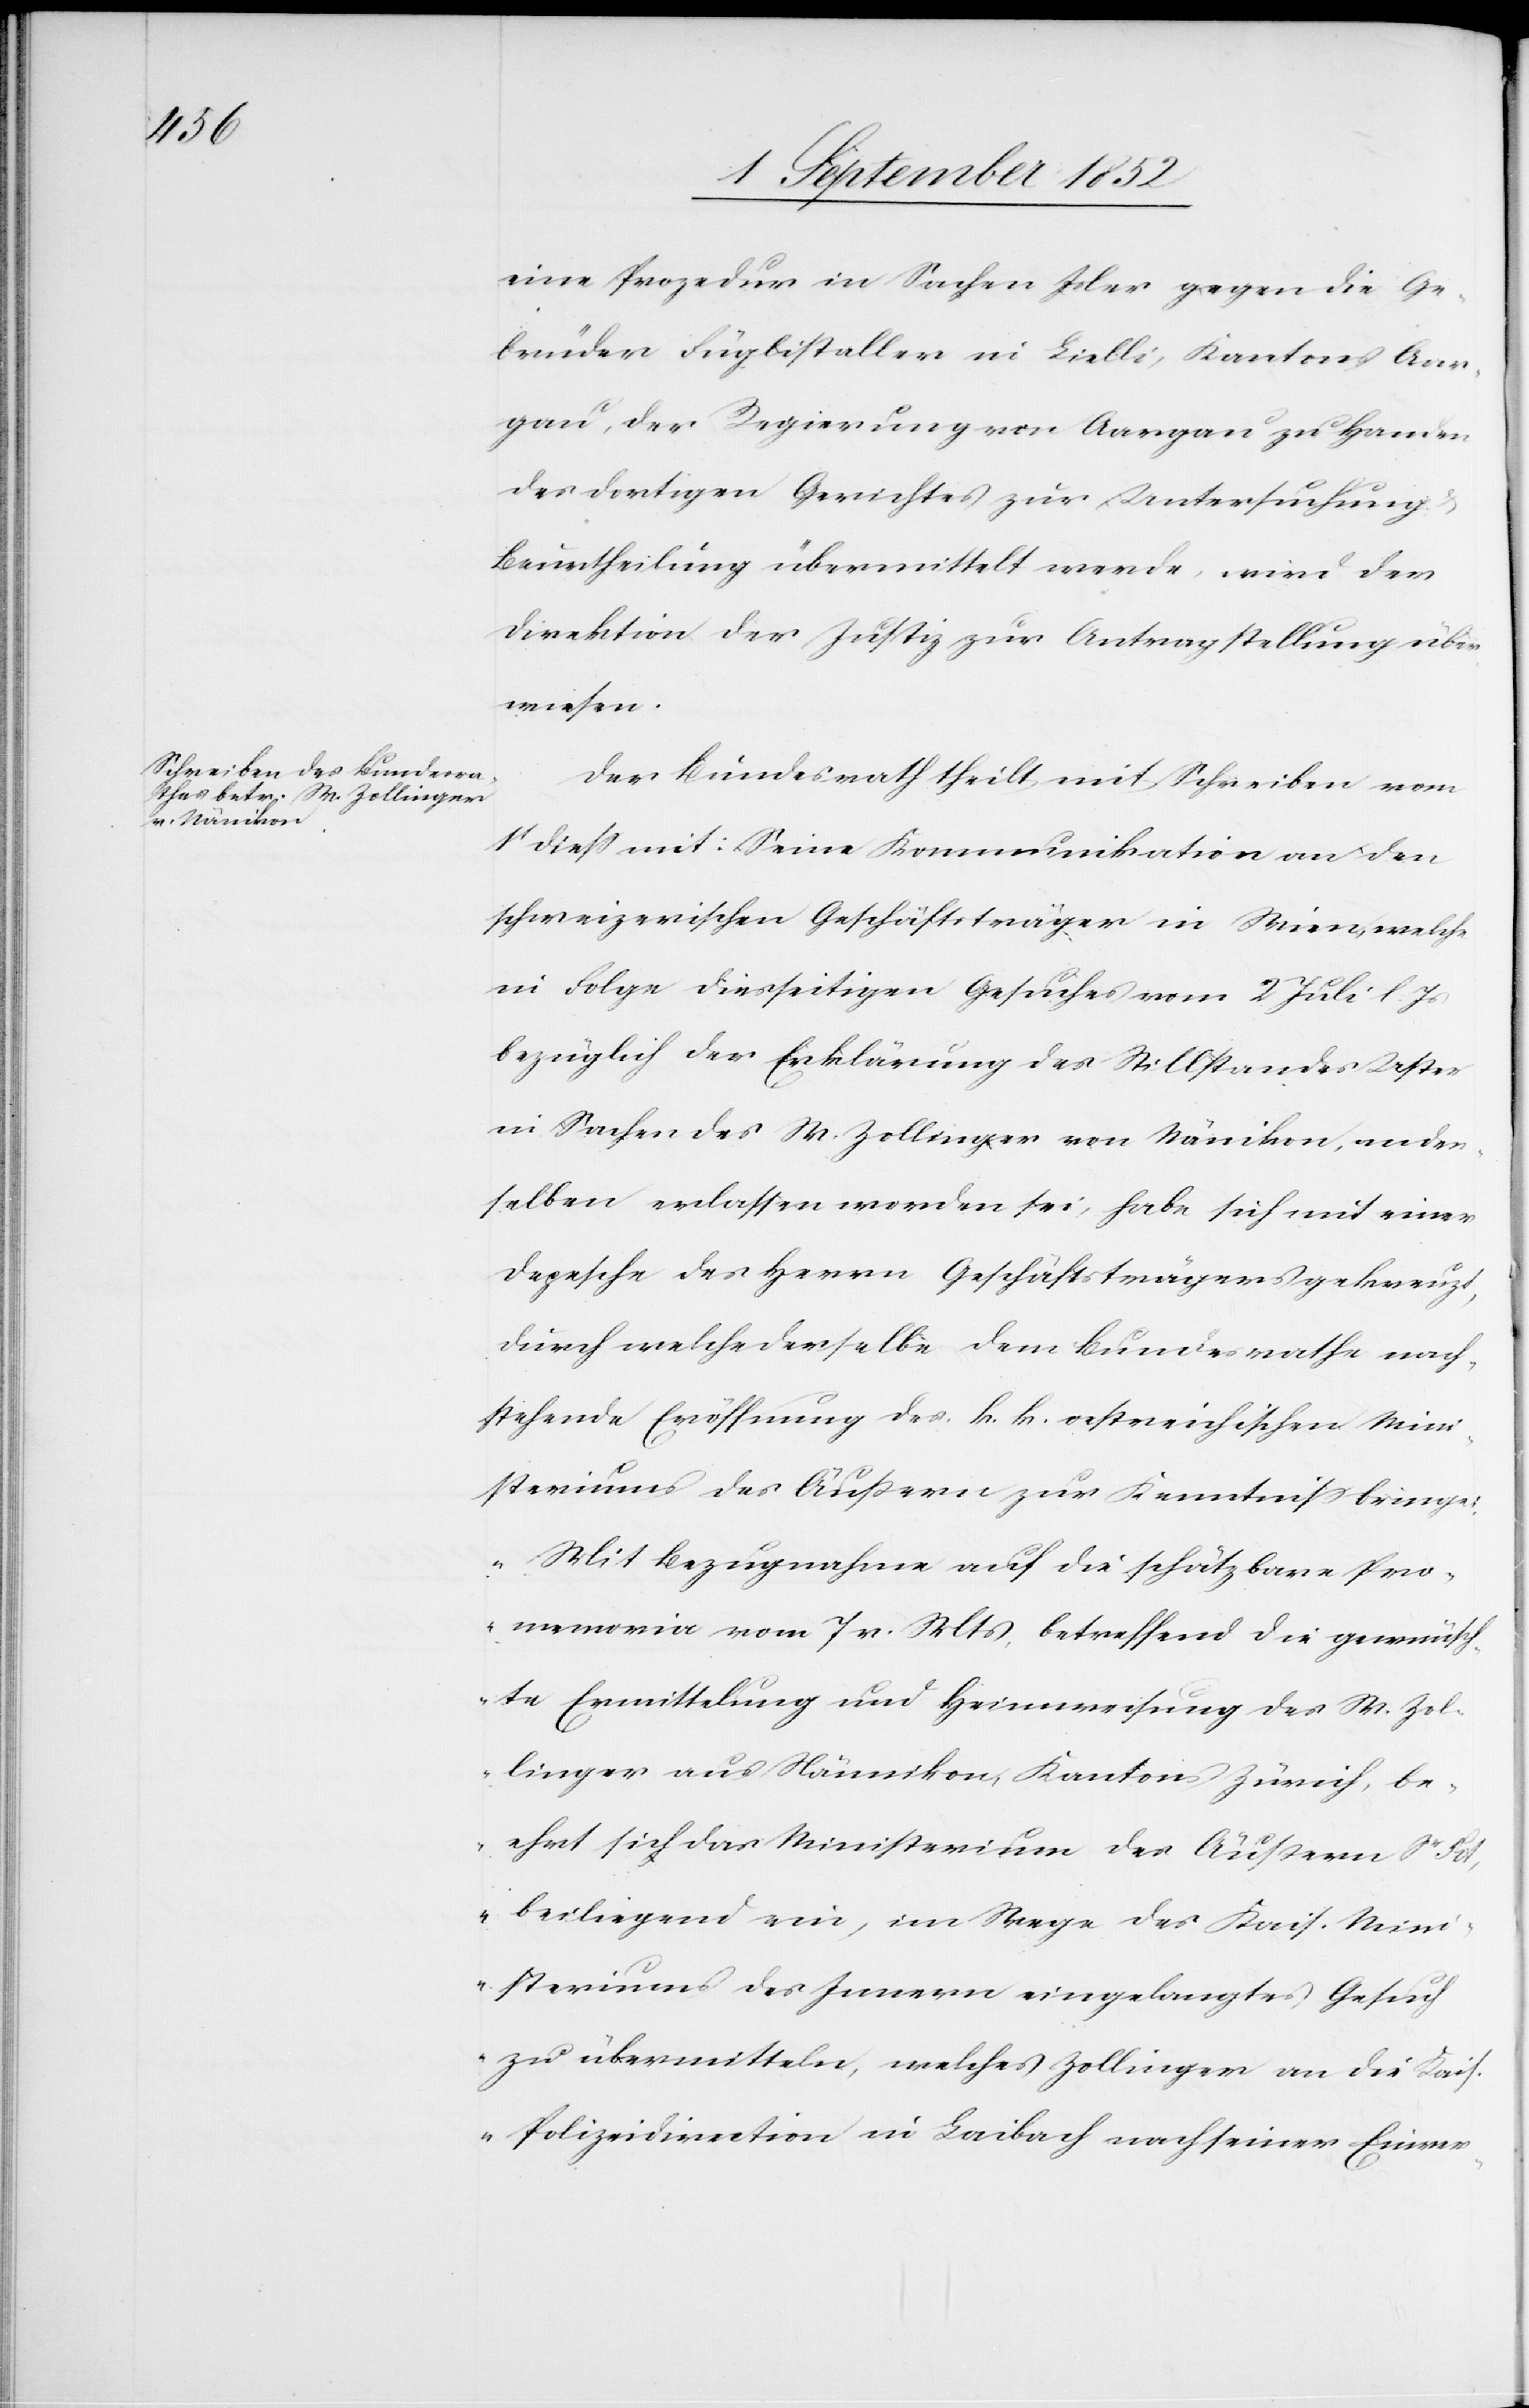
3t September 1852]
eine Prozedur in Sachen Isler gegen die Ge¬
brüder Füglistaller in Lielli, Kantons Aar¬
gau, der Regierung von Aargau zu Handen
des dortigen Gerichtes zur Untersuchung
Beurtheilung übermittelt werde, wird der
Direktion der Justiz zur Antragstellung über¬
wiesen.
Der Bundesrath theilt mit Schreiben vom
1t diess mit: Seine Kommunikation an den
schweizerischen Geschäftsträger in Wien, welche
in Folge diesseitigen Gesuches vom 2 Juli l. Js
bezüglich der Erklärung des Stillstandes Uster
in Sachen des W. Zollinger von Nänikon, an den¬
selben erlassen worden sei, habe sich mit einer
Depesche des Herrn Geschäftsträgers gekreuzt,
durch welche derselbe dem Bundesrathe nach¬
stehende Eröffnung des k. k. oestreichischen Mini¬
steriums des Äußern zur Kenntniss bringe:
„Mit Bezugnahme auf die schätzbare Pro¬
memoria vom 7 v. Mts, betreffend die gewünsch¬
te Ermittelung und Heimweisung des W. Zol¬
linger aus Nännikon, Kantons Zürich, be¬
ehrt sich das Ministerium des Äußern Sr
beiliegend ein, im Wege des Kais. Mini¬
steriums des Innern eingelangtes Gesuch
zu übermitteln, welches Zollinger an die Kai¬
s. Polizeidirection in Laibach nach seiner Einver-